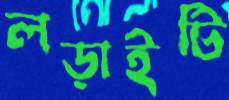
লড়াইটি